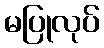
မပြုလုပ်